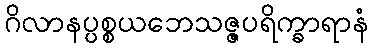
ဂိလာနပ္ပစ္စယဘေသဇ္ဇပရိက္ခာရာနံ